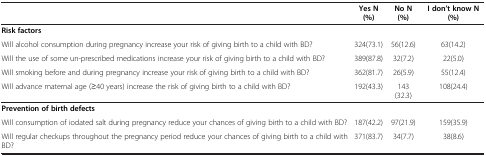
|  | Yes N(%) | No N(%) | I don’t know N(%) |
 | --- | --- | --- | --- |
 | Risk factors |  |  |  |
 | Will alcohol consumption during pregnancy increase your risk of giving birth to a child with BD? | 324(73.1) | 56(12.6) | 63(14.2) |
 | Will the use of some un-prescribed medications increase your risk of giving birth to a child with BD? | 389(87.8) | 32(7.2) | 22(5.0) |
 | Will smoking before and during pregnancy increase your risk of giving birth to a child with BD? | 362(81.7) | 26(5.9) | 55(12.4) |
 | Will advance maternal age (≥40 years) increase the risk of giving birth to a child with BD? | 192(43.3) | 143(32.3) | 108(24.4) |
 | Prevention of birth defects |  |  |  |
 | Will consumption of iodated salt during pregnancy reduce your chances of giving birth to a child with BD? | 187(42.2) | 97(21.9) | 159(35.9) |
 | Will regular checkups throughout the pregnancy period reduce your chances of giving birth to a child with BD? | 371(83.7) | 34(7.7) | 38(8.6) |